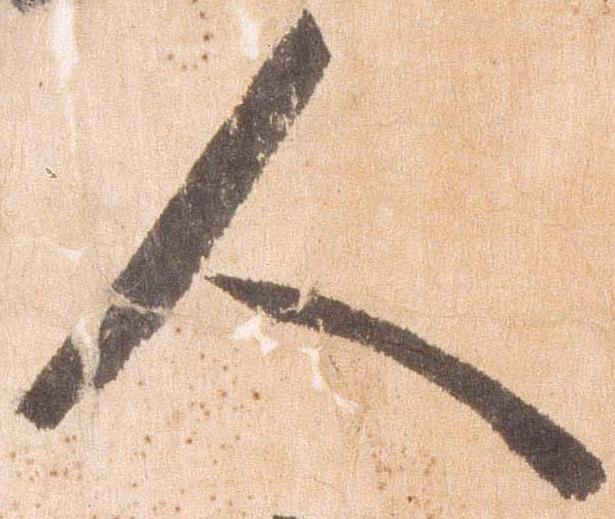
人